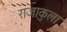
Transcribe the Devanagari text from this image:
राजाकुला